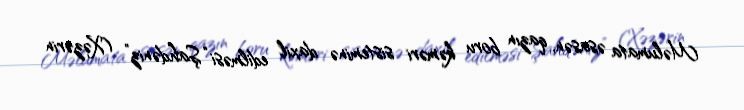
Məlumata əsasən, qazın boru kəməri sisteminə daxil edilməsi “Şahdəniz” (Xəzərin